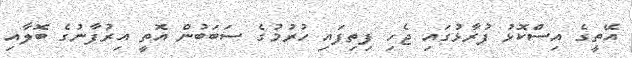
އޭތީގެ އިސްކޮޅު ފުރާޅުގައި ޖެހި ފިތިފައި ހުރުމުގެ ސަބަބުން އޮތީ އިރުފާނުގެ ބޮލާއި